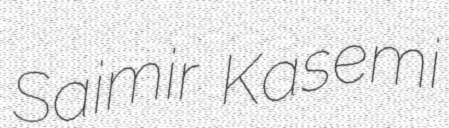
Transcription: Saimir Kasemi